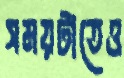
সময়টাতেও